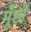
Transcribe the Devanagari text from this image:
मूँछों